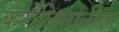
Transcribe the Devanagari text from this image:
कॅरोलिनातील